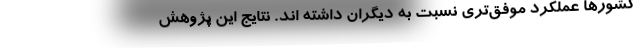
کشورها عملکرد موفق‌تری نسبت به دیگران داشته اند. نتایج این پژوهش